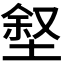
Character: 𪣶